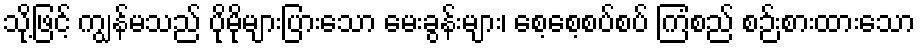
သို့ဖြင့် ကျွန်မသည် ပိုမိုများပြားသော မေးခွန်းများ၊ စေ့စေ့စပ်စပ် ကြံစည် စဉ်းစားထားသော